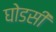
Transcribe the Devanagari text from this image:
घोडसी